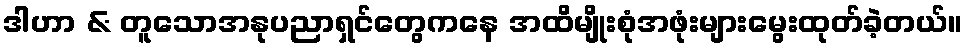
ဒါဟာ & တူသောအနုပညာရှင်တွေကနေ အထိမျိုးစုံအဖုံးများမွေးထုတ်ခဲ့တယ်။